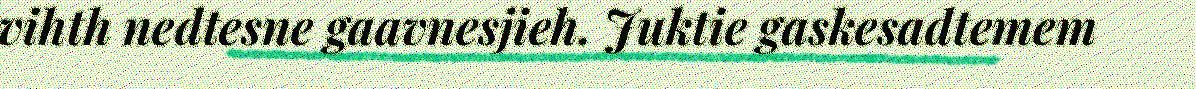
vihth nedtesne gaavnesjieh. Juktie gaskesadtemem